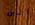
الى